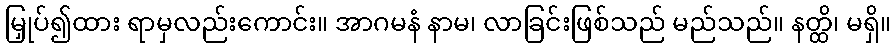
မြှုပ်၍ထား ရာမှလည်းကောင်း။ အာဂမနံ နာမ၊ လာခြင်းဖြစ်သည် မည်သည်။ နတ္ထိ၊ မရှိ။